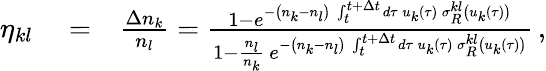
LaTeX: \begin{array}{rlr}{\eta_{kl}}&{{}=}&{\frac{\Delta n_{k}}{n_{l}}=\frac{1-e^{-\left(n_{k}-n_{l}\right)\, \int_{t}^{t+\Delta t}d\tau\, u_{k}(\tau)\, \sigma_{R}^{kl}\left(u_{k}(\tau)\right)}}{1-\frac{n_{l}}{n_{k}}\, e^{-\left(n_{k}-n_{l}\right)\, \int_{t}^{t+\Delta t}d\tau\, u_{k}(\tau)\, \sigma_{R}^{kl}\left(u_{k}(\tau)\right)}}\, ,}\end{array}